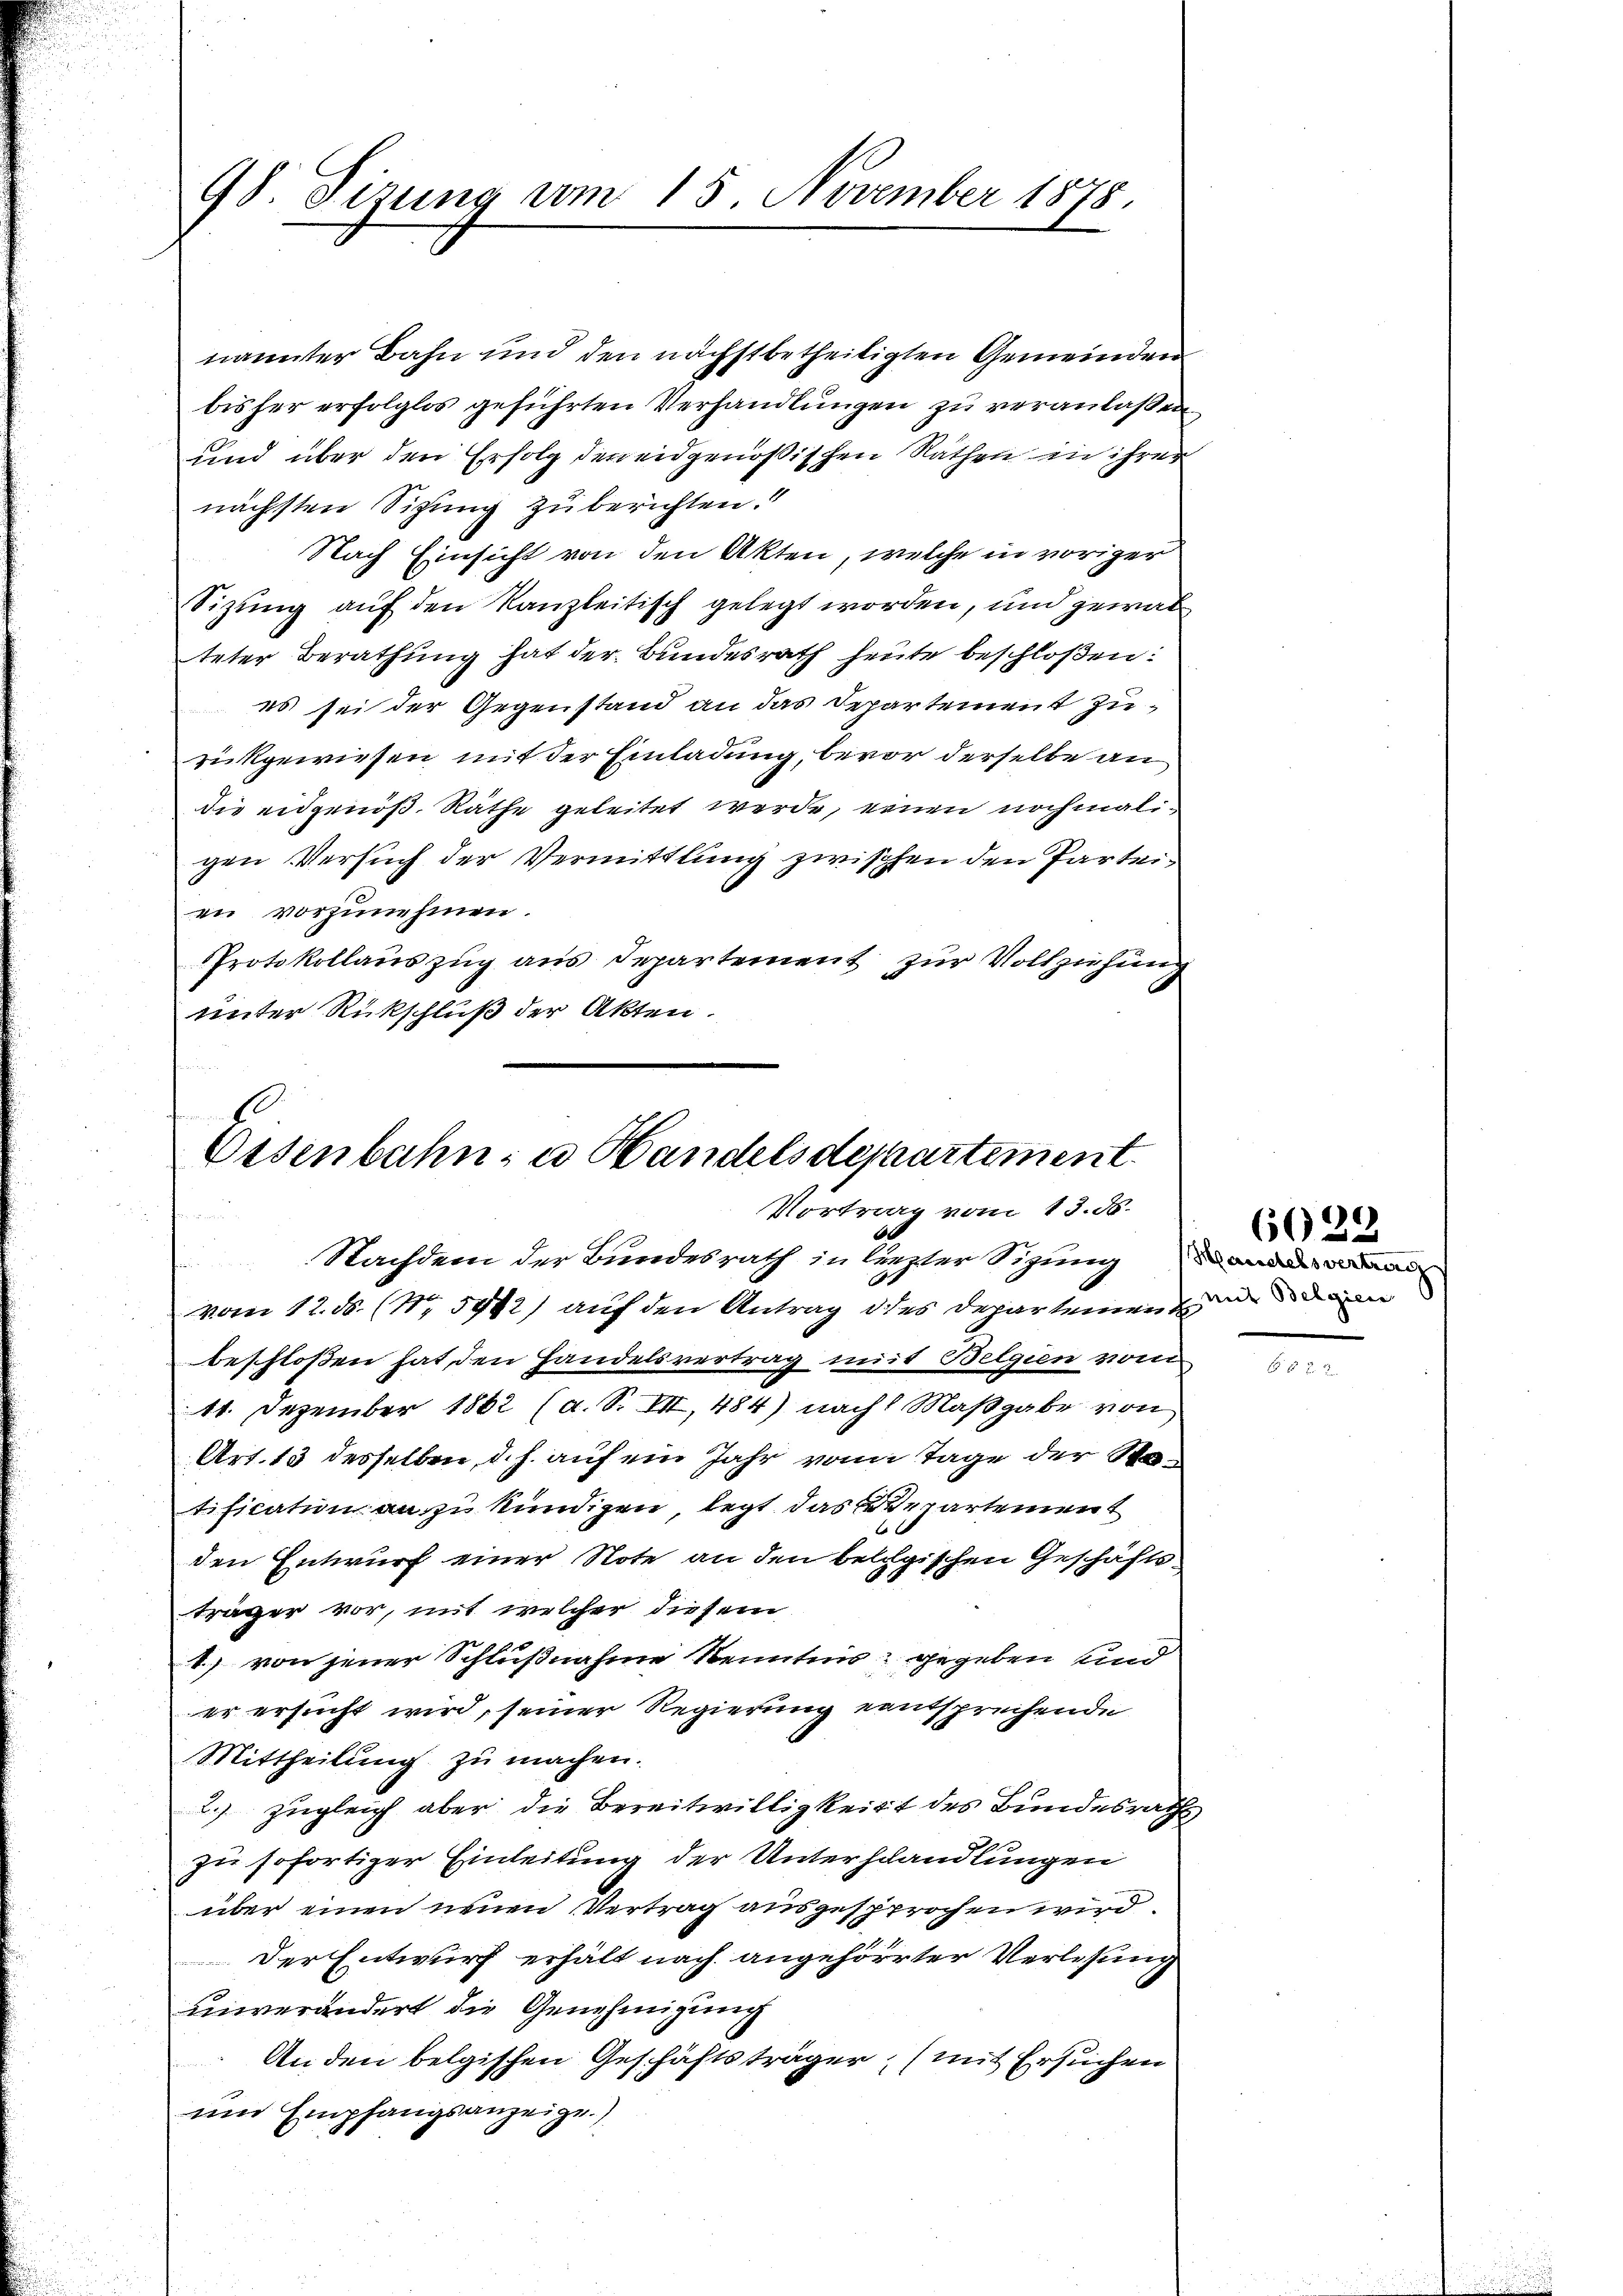
98. Sizung vom 15. November 1878.

nannter Bahn und den nächstbetheiligten Gemeinden
bisher erfolglos geführten Verhandlungen zu veranlaßen
und über den Erfolg der eidgenößischen Räthen in ihrer
nächsten Sitzung zu berichten.“
Nach Einsicht von den Akten, welche in voriger
Sizung auf den Kanzleitisch gelegt worden, und gewal
teter Berathung hat der Bundesrath heute beschloßen:
es sei der Gegenstand an das Departement zurückgewiesen mit der Einladung, bevor derselbe an
die eidgenöß. Räthe geleitet werde, einen nochmaligen Versuch der Vermittlung zwischen den Parteien vorzunehmen.
Protokollauszug aus Departement zur Vollziehung
unter Rückschluß der Akten.

Eisenbahn, u. Handelsdepartement.
Vortrag vom 13. d.
Nachdem der Bundesrath in liester Sitzung an

vom 12. ds. (N. 592) auf den Antrag des Depar seinen zu de den
beschloßen hat, den Handelsvertrag mit Belgien vom
11. Dezember 1862 (a. S. VII, 484) nach Maßgabe von
Art. 13 desselben, d. h. auf ein Jahr von Tage der Sotification anzukündigen legt das repartement
den Entwurf einer Note an den belgischen Geschäftsträger vor, mit welcher diesem
1) von jener Schlußnahme Kenntnis gegeben und
er ersucht wird, seiner Regierung entsprechende
Mittheilung zŭ machen.
2.) zugleich aber die Bereitwilligkeit des Bundesraths
zu sofortiger Einleitung der Unterhandlungen
über einen neuen Vertrag ausgesprochen wird.
Der Entwurf erhält nach angehörter Verlesung
unverändert die Genehmigung
An den belgischen Geschäftsträger, (mit Ersuchen
und Empfangsanzeige.)

6029